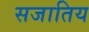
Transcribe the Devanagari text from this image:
सजातिय